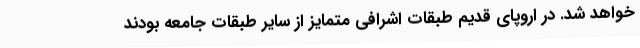
خواهد شد. در اروپای قدیم طبقات اشرافی متمایز از سایر طبقات جامعه بودند